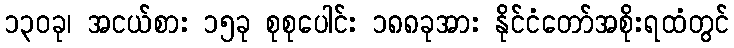
၁၃၀ခု၊ အငယ်စား ၁၅ခု စုစုပေါင်း ၁၈၈ခုအား နိုင်ငံတော်အစိုးရထံတွင်